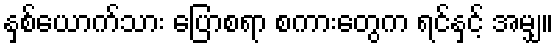
နှစ်ယောက်သား ပြောစရာ စကားတွေက ရင်နှင့် အမျှ။